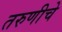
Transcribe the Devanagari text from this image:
तरुणीचे